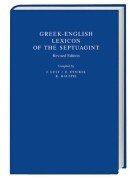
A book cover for Greek-English Lexicon of the Septuagint (Greek Edition); J. Lust; Religion & Spirituality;